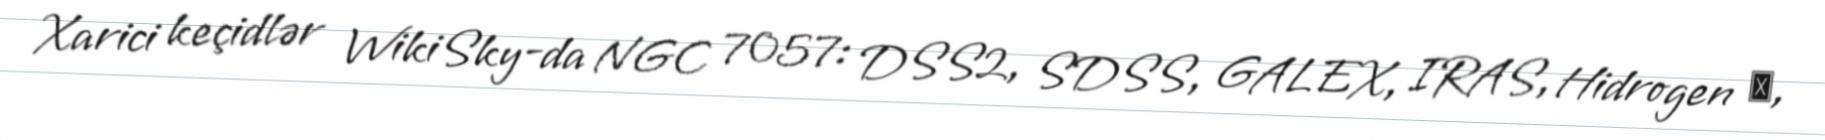
Xarici keçidlər WikiSky-da NGC 7057: DSS2, SDSS, GALEX, IRAS, Hidrogen α,